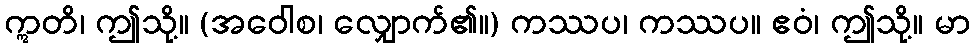
ဣတိ၊ ဤသို့။ (အဝေါစ၊ လျှောက်၏။) ကဿပ၊ ကဿပ။ ဧဝံ၊ ဤသို့။ မာ